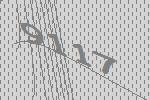
9117